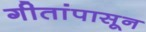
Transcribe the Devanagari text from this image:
गीतांपासून